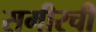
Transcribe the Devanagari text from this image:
समीरची